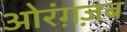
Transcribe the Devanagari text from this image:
ओरंग़ज़ब